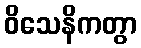
ဝိသေနိကတွာ